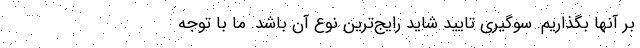
بر آنها بگذاریم. سوگیری تایید شاید رایج‌ترین نوع آن باشد. ما با توجه